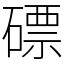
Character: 磦